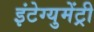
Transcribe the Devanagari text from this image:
इंटेग्युमेंट्री